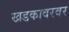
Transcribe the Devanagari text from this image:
खडकावरवर